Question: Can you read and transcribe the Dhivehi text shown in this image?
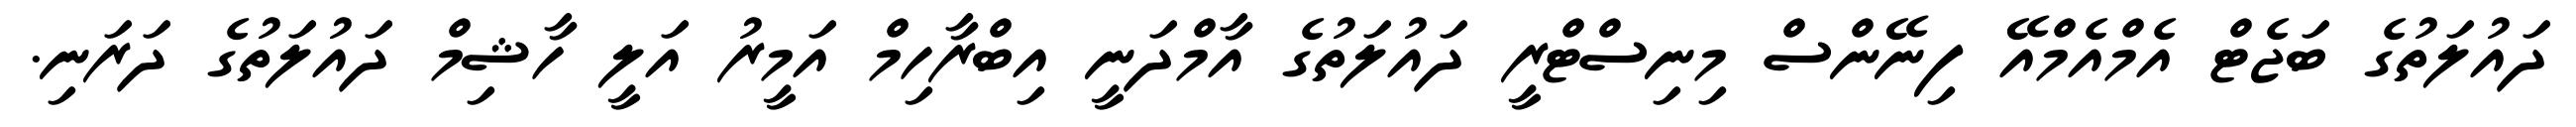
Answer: ދައުލަތުގެ ބަޖެޓް އެމްއެމްއޭ ފިނޭންސް މިނިސްޓްރީ ދައުލަތުގެ އާމްދަނީ އިބްރާހިމް އަމީރު އަލީ ހާޝިމް ދައުލަތުގެ ދަރަނި.